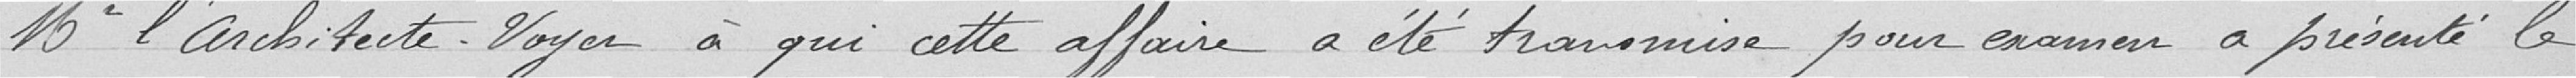
Monsieur l'architecte VOYER a qui cette affaire a été transmise pour examen a présenté le